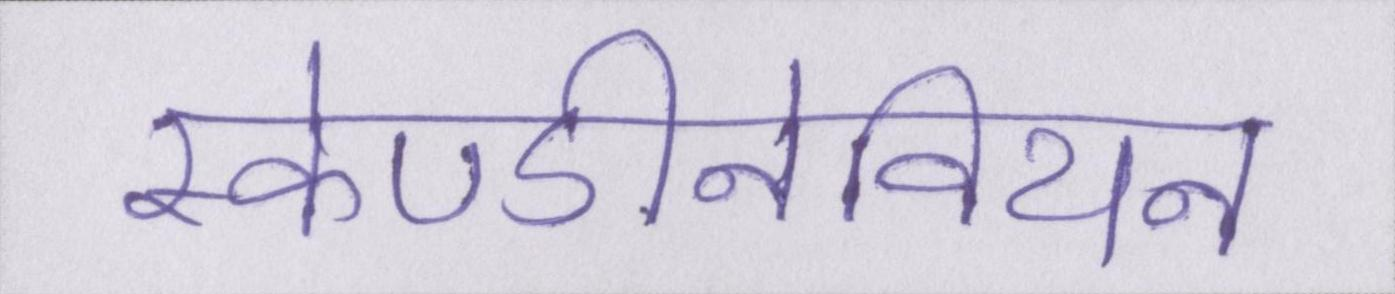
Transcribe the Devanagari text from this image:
स्केण्डीनेवियन